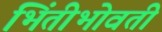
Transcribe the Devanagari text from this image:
भिंतीभोवती